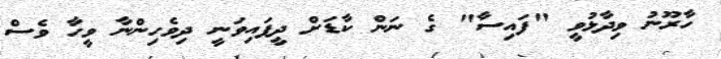
ހާރޫނު ވިދާޅުވީ "ފައިސާ" ގެ ނަން ކާޑަށް ދީފައިވަނީ ދިވެހިންނާ ވީހާ ވެސް